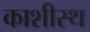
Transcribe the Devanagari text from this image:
काशीस्थ